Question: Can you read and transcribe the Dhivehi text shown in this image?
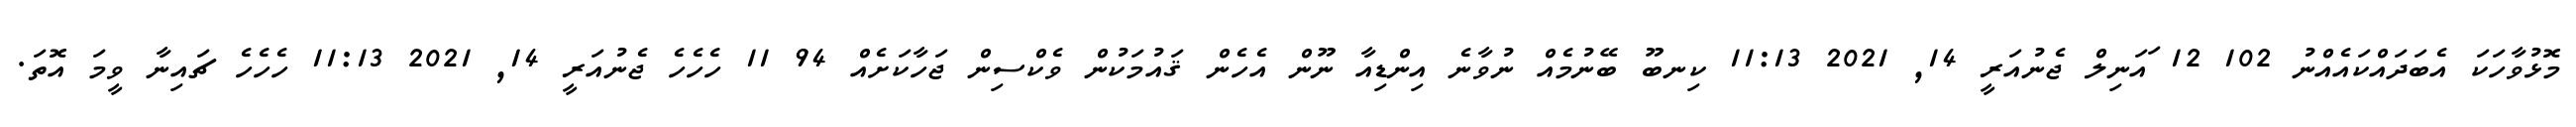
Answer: މޮޅުވާހަކަ އެބަދައްކައެއްނު 102 12 ައަނިލް ޖެނުއަރީ 14, 2021 11:13 ކިނބޫ ބޭނުމެއް ނުވާނެ އިންޑިއާ ނޫން އެހެން ޤައުމަކުން ވެކްސިން ޖަހާކަށެއް 94 11 ހެހެހެ ޖެނުއަރީ 14, 2021 11:13 ހެހެހެ ޗައިނާ ވީމަ އޮތަ.